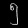
Digit: ၅